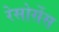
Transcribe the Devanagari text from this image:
रेसोर्सेस